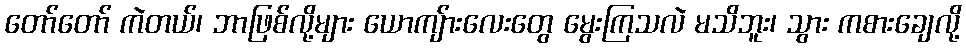
တော်တော် ကဲတယ်၊ ဘာဖြစ်လို့များ ယောကျ်ားလေးတွေ မွေးကြသလဲ မသိဘူး၊ သွား ကစားချေလို့